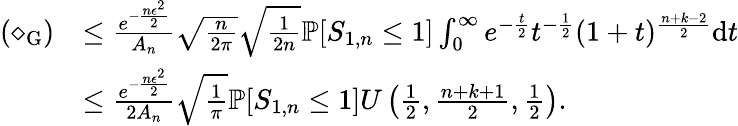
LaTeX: \begin{array}{rl}{(\diamond_{\mathrm{G}})}&{\leq\frac{e^{-\frac{n\epsilon^{2}}{2}}}{A_{n}}\sqrt{\frac{n}{2\pi}}\sqrt{\frac{1}{2n}}\mathbb{P}[S_{1,n}\leq 1]\int_{0}^{\infty}e^{-\frac{t}{2}}t^{-\frac{1}{2}}(1+t)^{\frac{n+k-2}{2}}\mathrm{d}t}\\ &{\leq\frac{e^{-\frac{n\epsilon^{2}}{2}}}{2A_{n}}\sqrt{\frac{1}{\pi}}\mathbb{P}[S_{1,n}\leq 1]U\left(\frac{1}{2},\frac{n+k+1}{2},\frac{1}{2}\right).}\end{array}